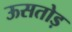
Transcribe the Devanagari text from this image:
ऊसतोड़